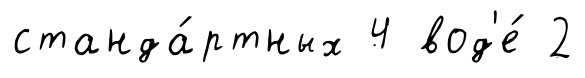
станда́ртных 4 вод'е́ 2